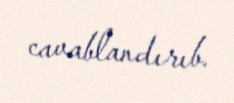
cavablandırıb.